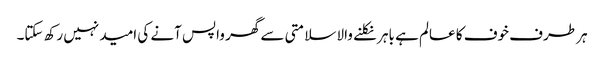
ہر طرف خوف کا عالم ہے باہر نکلنے والا سلامتی سے گھر واپس آنے کی امید نہیں رکھ سکتا۔